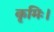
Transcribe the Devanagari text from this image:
कृमिः।